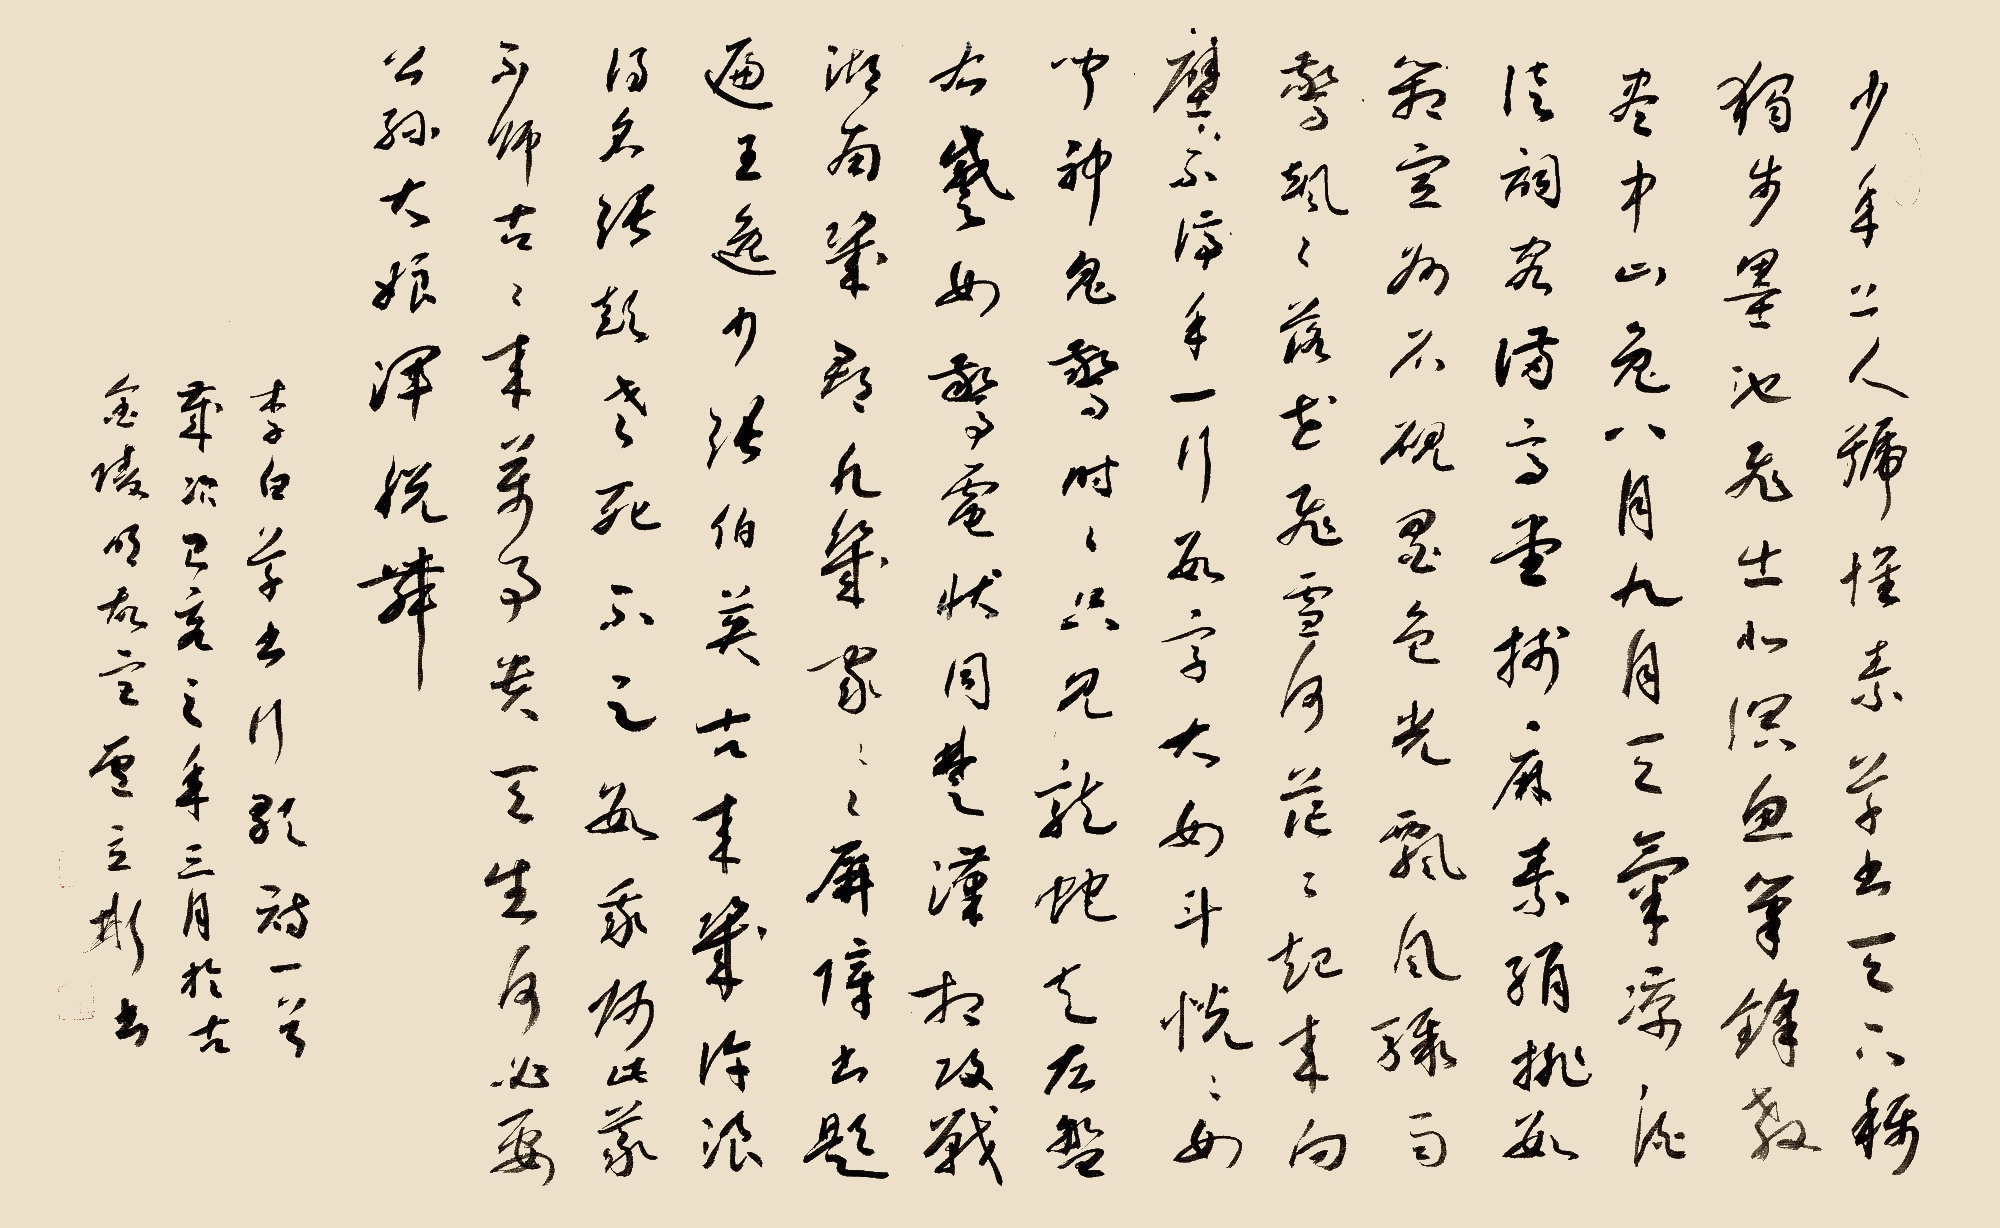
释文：少年上人号怀素，草书天下称独步。墨池飞出北溟鱼，笔锋杀尽中山兔。八月九月天气凉，酒徒词客满高堂。笺麻素绢排数厢，宣州石砚墨色光。吾师醉后倚绳床，须臾扫尽数千张。飘风骤雨惊飒飒，落花飞雪何茫茫。起来向壁不停手，一行数字大如斗。怳怳如闻神鬼惊，时时只见龙蛇走。左盘右蹙如惊电，状同楚汉相攻战。湖南七郡凡几家，家家屏障书题遍。王逸少，张伯英，古来几许浪得名。张颠老死不足数，我师此义不师古。古来万事贵天生，何必要公孙大娘浑脱舞。李白草书歌行诗一首岁次己亥之年三月于古金陵明故宫卢立彬书。